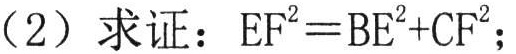
(2) 求证：\(EF^{2}=BE^{2}+CF^{2}\)；